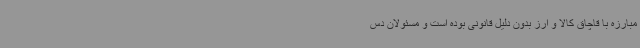
مبارزه با قاچاق کالا و ارز بدون دلیل قانونی بوده است و مسئولان دس